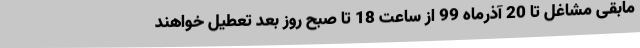
مابقی مشاغل تا 20 آذرماه 99 از ساعت 18 تا صبح روز بعد تعطیل خواهند